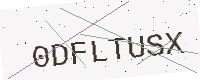
Text: 0DFLTUSX